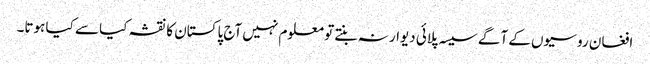
افغان روسیوں کے آگے سیسہ پلائی دیوار نہ بنتے تو معلوم نہیں آج پاکستان کا نقشہ کیا سے کیا ہوتا۔